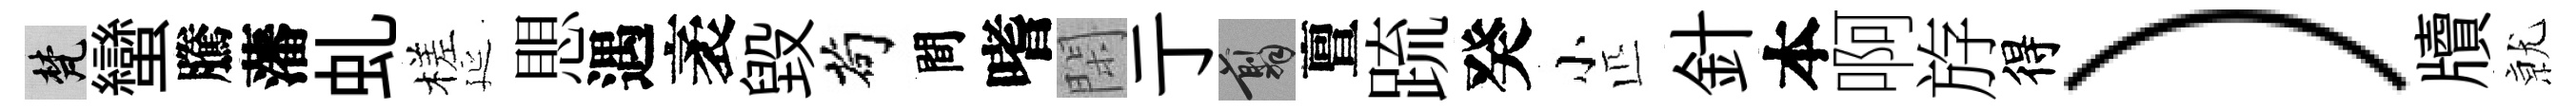
梵蠻騰藩虬槎延愳遇袤毀茍間嗜閑亍翦亶䟽癸小匹針本啊斿得）牘𭕒